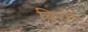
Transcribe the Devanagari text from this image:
विरल़